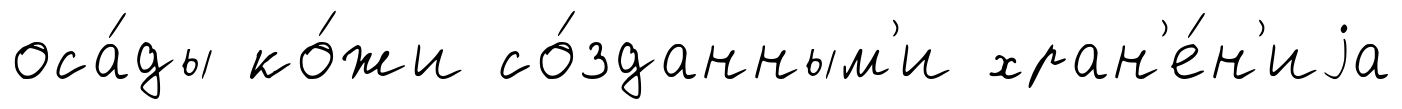
оса́ды ко́жи со́зданным'и хран'е́н'иjа